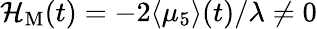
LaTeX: {\cal H}_{\mathrm{M}}(t)=-2\langle\mu_{5}\rangle(t)/\lambda\neq 0